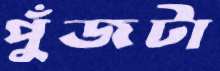
পুঁজটা